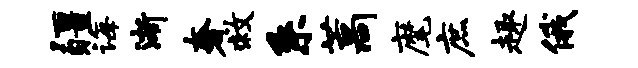
疆诲渐奢救系藁麾庶趣俄